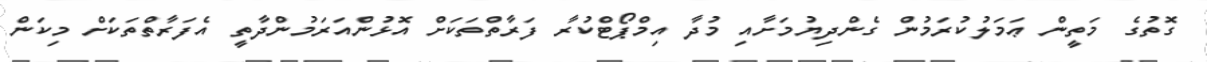
ގޮތުގެ މަތީން ޢަމަލުކުރަމުން ގެންދިޔުމަށާއި މުދާ އިމްޕޯޓްކުރާ ފަރާތްތަކަށް އޮޅުންއަރަމުންދާތީ އެފަރާތްތަކަށް މިކަން